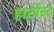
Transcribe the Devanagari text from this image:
हारर्वेस्ट